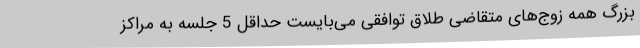
بزرگ همه زوج‌های متقاضی طلاق توافقی می‌بایست حداقل 5 جلسه به مراکز